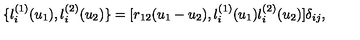
\{ l _ { i } ^ { ( 1 ) } ( u _ { 1 } ) , l _ { i } ^ { ( 2 ) } ( u _ { 2 } ) \} = [ r _ { 1 2 } ( u _ { 1 } - u _ { 2 } ) , l _ { i } ^ { ( 1 ) } ( u _ { 1 } ) l _ { i } ^ { ( 2 ) } ( u _ { 2 } ) ] \delta _ { i j } ,